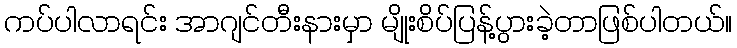
ကပ်ပါလာရင်း အာဂျင်တီးနားမှာ မျိုးစိပ်ပြန့်ပွားခဲ့တာဖြစ်ပါတယ်။